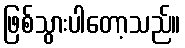
ဖြစ်သွားပါတော့သည်။